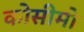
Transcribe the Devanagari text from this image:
कोसीमो